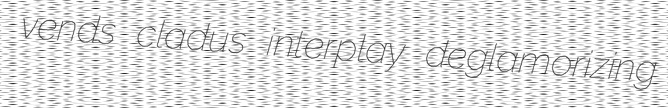
vends cladus interplay deglamorizing